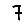
Digit: 7